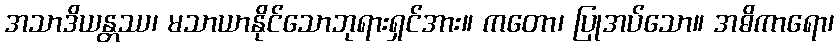
အသာဒိယန္တဿ၊ မသာယာနိုင်သောဘုရားရှင်အား။ ကတော၊ ပြုအပ်သော။ အဓိကာရော၊